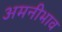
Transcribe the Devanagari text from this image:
अमनीभाव